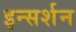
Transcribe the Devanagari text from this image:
इन्सर्शन